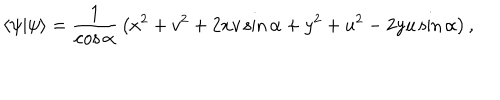
\langle \psi | \psi \rangle = { \frac { 1 } { \cos \alpha } } \left( x ^ { 2 } + v ^ { 2 } + 2 x v \sin \alpha + y ^ { 2 } + u ^ { 2 } - 2 y u \sin \alpha \right) ,